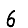
Digit: 6